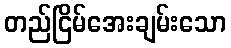
တည်ငြိမ်အေးချမ်းသော